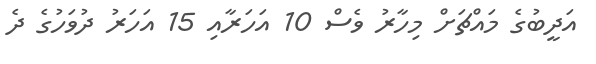
އަދީބުގެ މައްޗަށް މިހާރު ވެސް 10 އަހަރާއި 15 އަހަރު ދުވަހުގެ ދެ